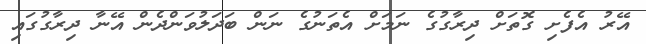
އޭރު އެފެށި ގޮތަށް ދިރާގުގެ ނަމަށް އެތަނުގެ ނަން ބަދަލުވަންދެން އޭނާ ދިރާގުގައި